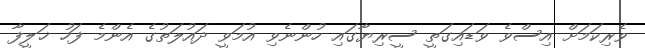
ވެރިކަމަށް އިސްވެ ވަޑައިގަތީ ސީރިޔާގައި ހުންނެވި އުމަވީ ދައުލަތުގެ އެންމެ ފަހު ޚަލީފާ